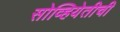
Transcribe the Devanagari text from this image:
सोव्हियेतीची